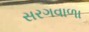
સરગવાળા